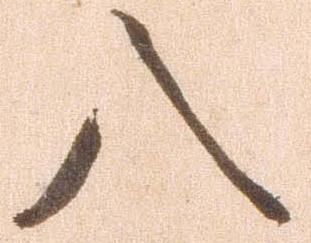
八